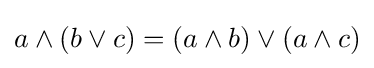
a\wedge (b\vee c)=(a\wedge b)\vee (a\wedge c)